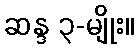
ဆန္ဒ ၃-မျိုး။